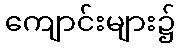
ကျောင်းများ၌